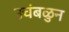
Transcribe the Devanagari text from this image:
उचंबळुन